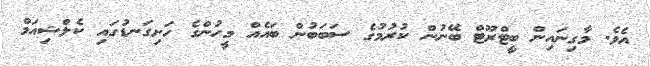
އެވެ. މާގިނައިން ބީޓްރޫޓް ބޭނުން ކުރުމުގެ ސަބަބުން ބައެއް މީހުންގެ ހަށިގަނޑުގައި ކެލްޝިއަމް